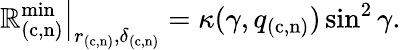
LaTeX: \left.\mathbb{R}_{(\mathrm{{c,n}})}^{\mathrm{{min}}}\right|_{r_{(\mathrm{{c,n}})},\delta_{(\mathrm{{c,n}})}}=\kappa(\gamma,q_{(\mathrm{{c,n}})})\sin^{2}\gamma.